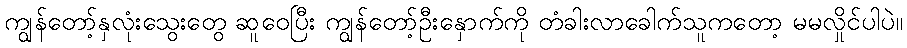
ကျွန်တော့်နှလုံးသွေးတွေ ဆူဝေပြီး ကျွန်တော့်ဦးနှောက်ကို တံခါးလာခေါက်သူကတော့ မမလှိုင်ပါပဲ။